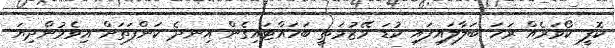
ކޮފީ ކޯވަރެއް ރަހަ ބަލާލައިފައި ކުޑަ މޭޒުމަތީ ބަހައްޓައިގެން އިނދެ ކަންފަތަށް އިވެމުންދިޔަ